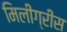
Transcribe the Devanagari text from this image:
मिलीग्रीस